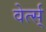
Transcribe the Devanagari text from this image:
वेर्त्स्